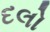
દલો